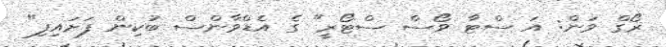
ރޯގް ވަން: އަ ސްޓާ ވޯސް ސްޓޯރީ" ގެ އެޑްވާންސް ބުކިން ފަށައިފި"